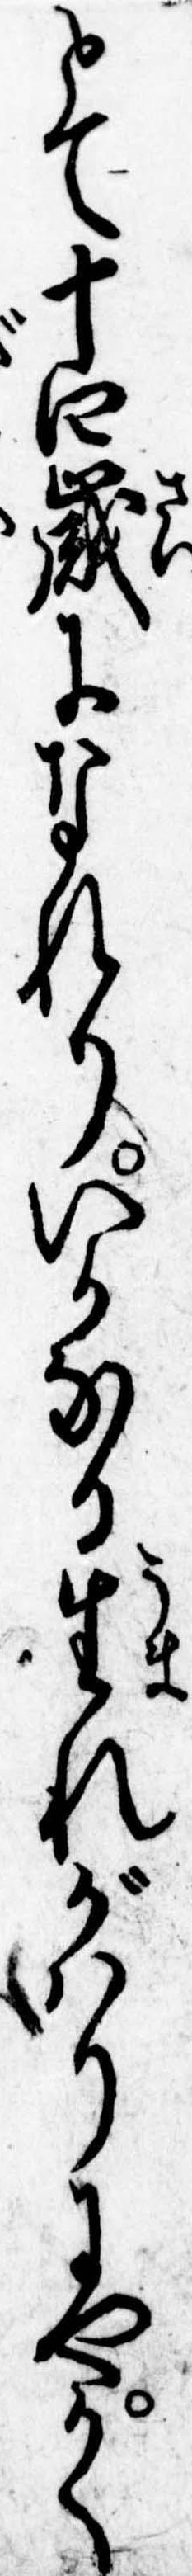
とて十四歳になれりいかなる生れがはりにやかく